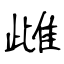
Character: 雌